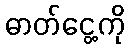
ဓာတ်ငွေ့ကို